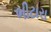
ભીટારા